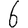
Digit: 6